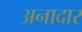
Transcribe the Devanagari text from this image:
अनादार